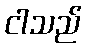
ငါသည်